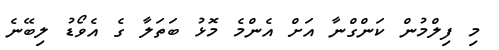
މި ފިލްމުން ކަންގްނާ އަށް އެންމެ މޮޅު ބަތަލާ ގެ އެވޯޑު ލިބޭނެ